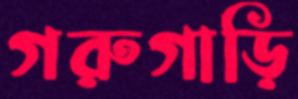
গরুগাড়ি